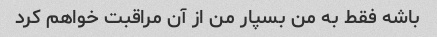
باشه فقط به من بسپار من از آن مراقبت خواهم کرد